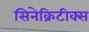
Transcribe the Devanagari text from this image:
सिनेक्रिटीक्स